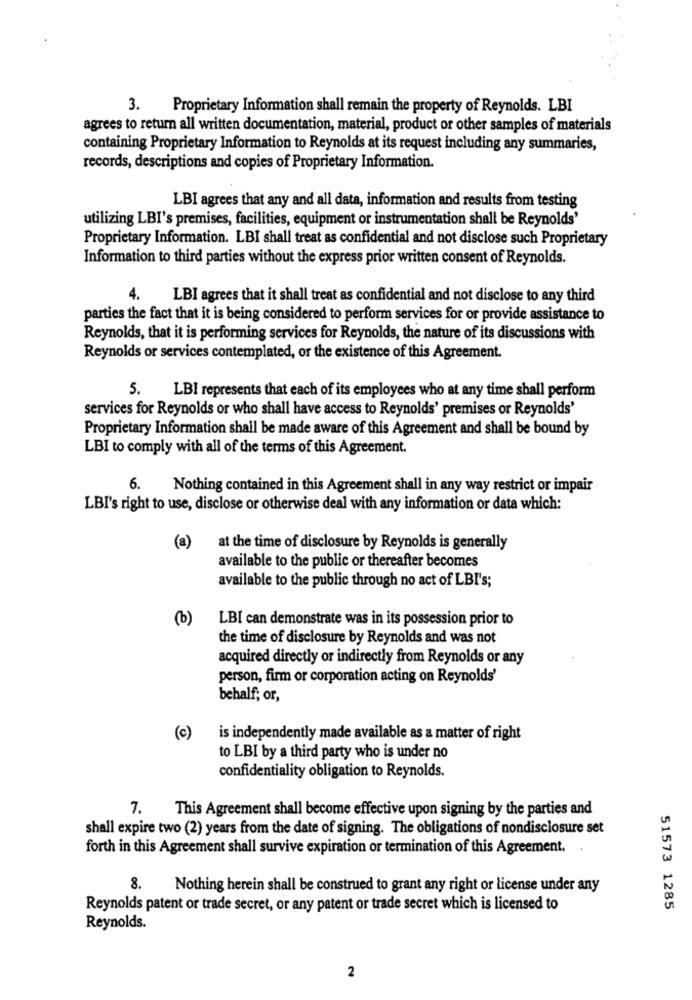
3.
Proprietary Information shall remain the property of Reynolds. LBI
agrees to return all written documentation, material, product or other samples of materials
containing Proprietary Information to Reynolds at its request including any summaries,
records, descriptions and copies of Proprietary Information.
LBI agrees that any and all data, information and results from testing
utilizing LBI's premises, facilities, equipment or instrumentation shall be Reynolds'
Proprietary Information. LBI shall treat as confidential and not disclose such Proprietary
Information to third parties without the express prior written consent of Reynolds.
4.
LBI agrees that it shall treat as confidential and not disclose to any third
parties the fact that it is being considered to perform services for or provide assistance to
Reynolds, that it is performing services for Reynolds, the nature of its discussions with
Reynolds or services contemplated, or the existence of this Agreement.
5.
LBI represents that each of its employees who at any time shall perform
services for Reynolds or who shall have access to Reynolds' premises or Reynolds'
Proprietary Information shall be made aware of this Agreement and shall be bound by
LBI to comply with all of the terms of this Agreement.
6.
Nothing contained in this Agreement shall in any way restrict or impair
LBI's right to use, disclose or otherwise deal with any information or data which:
(a)
at the time of disclosure by Reynolds is generally
available to the public or thereafter becomes
available to the public through no act of LBI's;
(b)
LBI can demonstrate was in its possession prior to
the time of disclosure by Reynolds and was not
acquired directly or indirectly from Reynolds or any
person, firm or corporation acting on Reynolds'
behalf; or,
(c)
is independently made available as a matter of right
to LBI by a third party who is under no
confidentiality obligation to Reynolds.
7.
This Agreement shall become effective upon signing by the parties and
shall expire two (2) years from the date of signing. The obligations of nondisclosure set
forth in this Agreement shall survive expiration or termination of this Agreement.
8.
Nothing herein shall be construed to grant any right or license under any
Reynolds patent or trade secret, or any patent or trade secret which is licensed to
51573 1285
Reynolds.
2